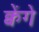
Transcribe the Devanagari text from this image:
क्वेंगे